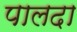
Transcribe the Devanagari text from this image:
पालदा